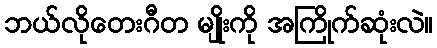
ဘယ်လိုတေးဂီတ မျိုးကို အကြိုက်ဆုံးလဲ။